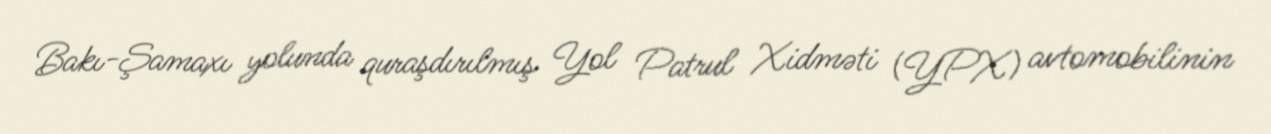
Bakı-Şamaxı yolunda quraşdırılmış Yol Patrul Xidməti (YPX) avtomobilinin